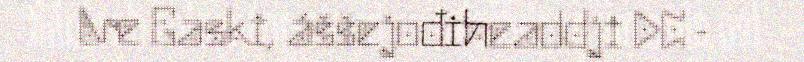
Are Gaski, áššejođiheaddji DC -